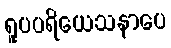
ရူပပရိယေသနာပေ